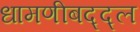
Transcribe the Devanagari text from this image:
धामणीबद्द्ल